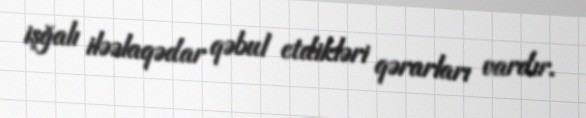
işğalı iləəlaqədar qəbul etdikləri qərarları vardır.